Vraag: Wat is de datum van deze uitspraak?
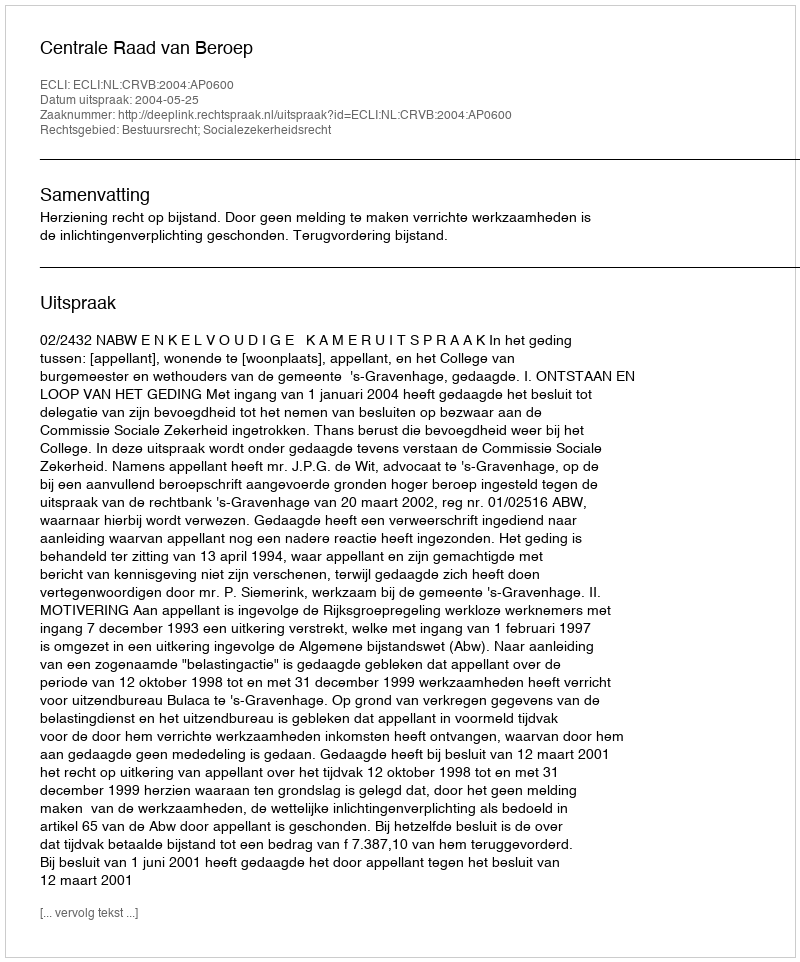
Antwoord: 2004-05-25